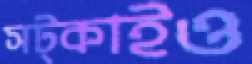
সট্‌কাইও